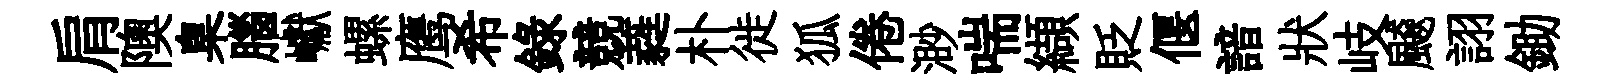
肩隩臬腦巘螺鹰希録競蕤朴徙狐倦渺喘纈貶偃諳狀岐飇詡鋤